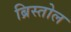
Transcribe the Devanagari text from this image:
ब्रिस्तोल